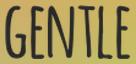
GENTLE